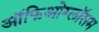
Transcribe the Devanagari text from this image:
ऑफिओग्लॉसम